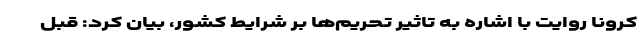
کرونا روایت با اشاره به تاثیر تحریم‌ها بر شرایط کشور، بیان کرد: قبل